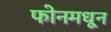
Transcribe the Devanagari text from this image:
फोनमधून